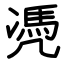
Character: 凴